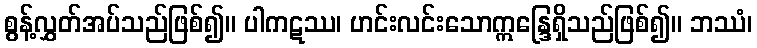
စွန့်လွှတ်အပ်သည်ဖြစ်၍။ ပါကဋဿ၊ ဟင်းလင်းသောဣန္ဒြေရှိသည်ဖြစ်၍။ ဘဿံ၊